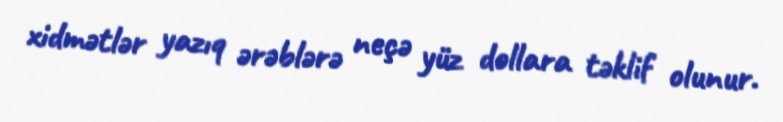
xidmətlər yazıq ərəblərə neçə yüz dollara təklif olunur.